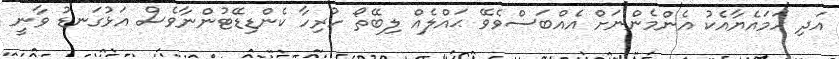
އަދި ހަމައެޔާއެކު އެންމެންނަށް އެއްބަސްވެވޭ ޙައްލެއް ލިބޭތޯ ހުރިހާ ކެންޑިޑޭޓުންނާވެސް އަޅުގަނޑު ވާނީ